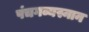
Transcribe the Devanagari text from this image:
पंचगव्यस्नान